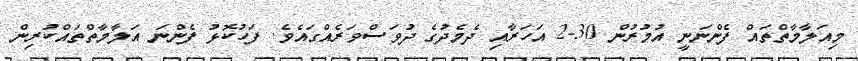
މިއަލާމާތްތައް ފެންނަނީ އުމުރުން 30-2 އަހަރާއި ދެމެދުގެ ދުވަސްވަރެއްގައެވެ. ފަހުކޮޅު ފެންނަ އަލާމާތްތައްކުރިން